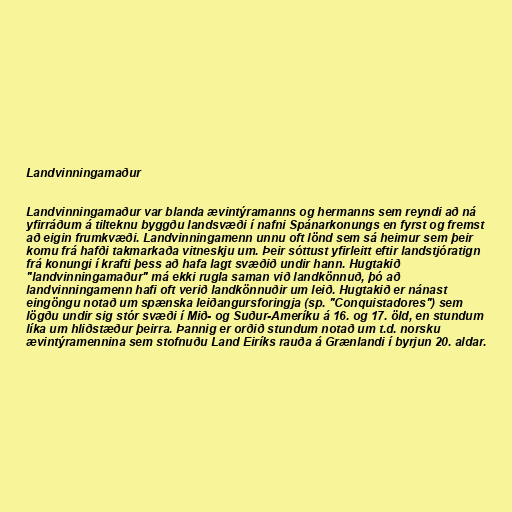
Landvinningamaður

Landvinningamaður var blanda ævintýramanns og hermanns sem reyndi að ná
yfirráðum á tilteknu byggðu landsvæði í nafni Spánarkonungs en fyrst og fremst
að eigin frumkvæði. Landvinningamenn unnu oft lönd sem sá heimur sem þeir
komu frá hafði takmarkaða vitneskju um. Þeir sóttust yfirleitt eftir landstjóratign
frá konungi í krafti þess að hafa lagt svæðið undir hann. Hugtakið
"landvinningamaður" má ekki rugla saman við landkönnuð, þó að
landvinningamenn hafi oft verið landkönnuðir um leið. Hugtakið er nánast
eingöngu notað um spænska leiðangursforingja (sp. "Conquistadores") sem
lögðu undir sig stór svæði í Mið- og Suður-Ameríku á 16. og 17. öld, en stundum
líka um hliðstæður þeirra. Þannig er orðið stundum notað um t.d. norsku
ævintýramennina sem stofnuðu Land Eiríks rauða á Grænlandi í byrjun 20. aldar.